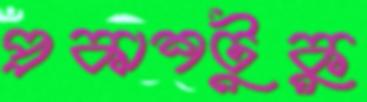
প্রকাশটুকু